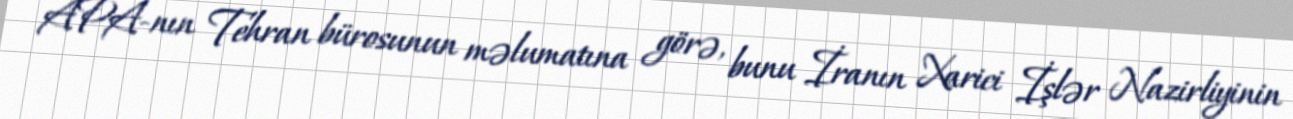
APA-nın Tehran bürosunun məlumatına görə, bunu İranın Xarici İşlər Nazirliyinin